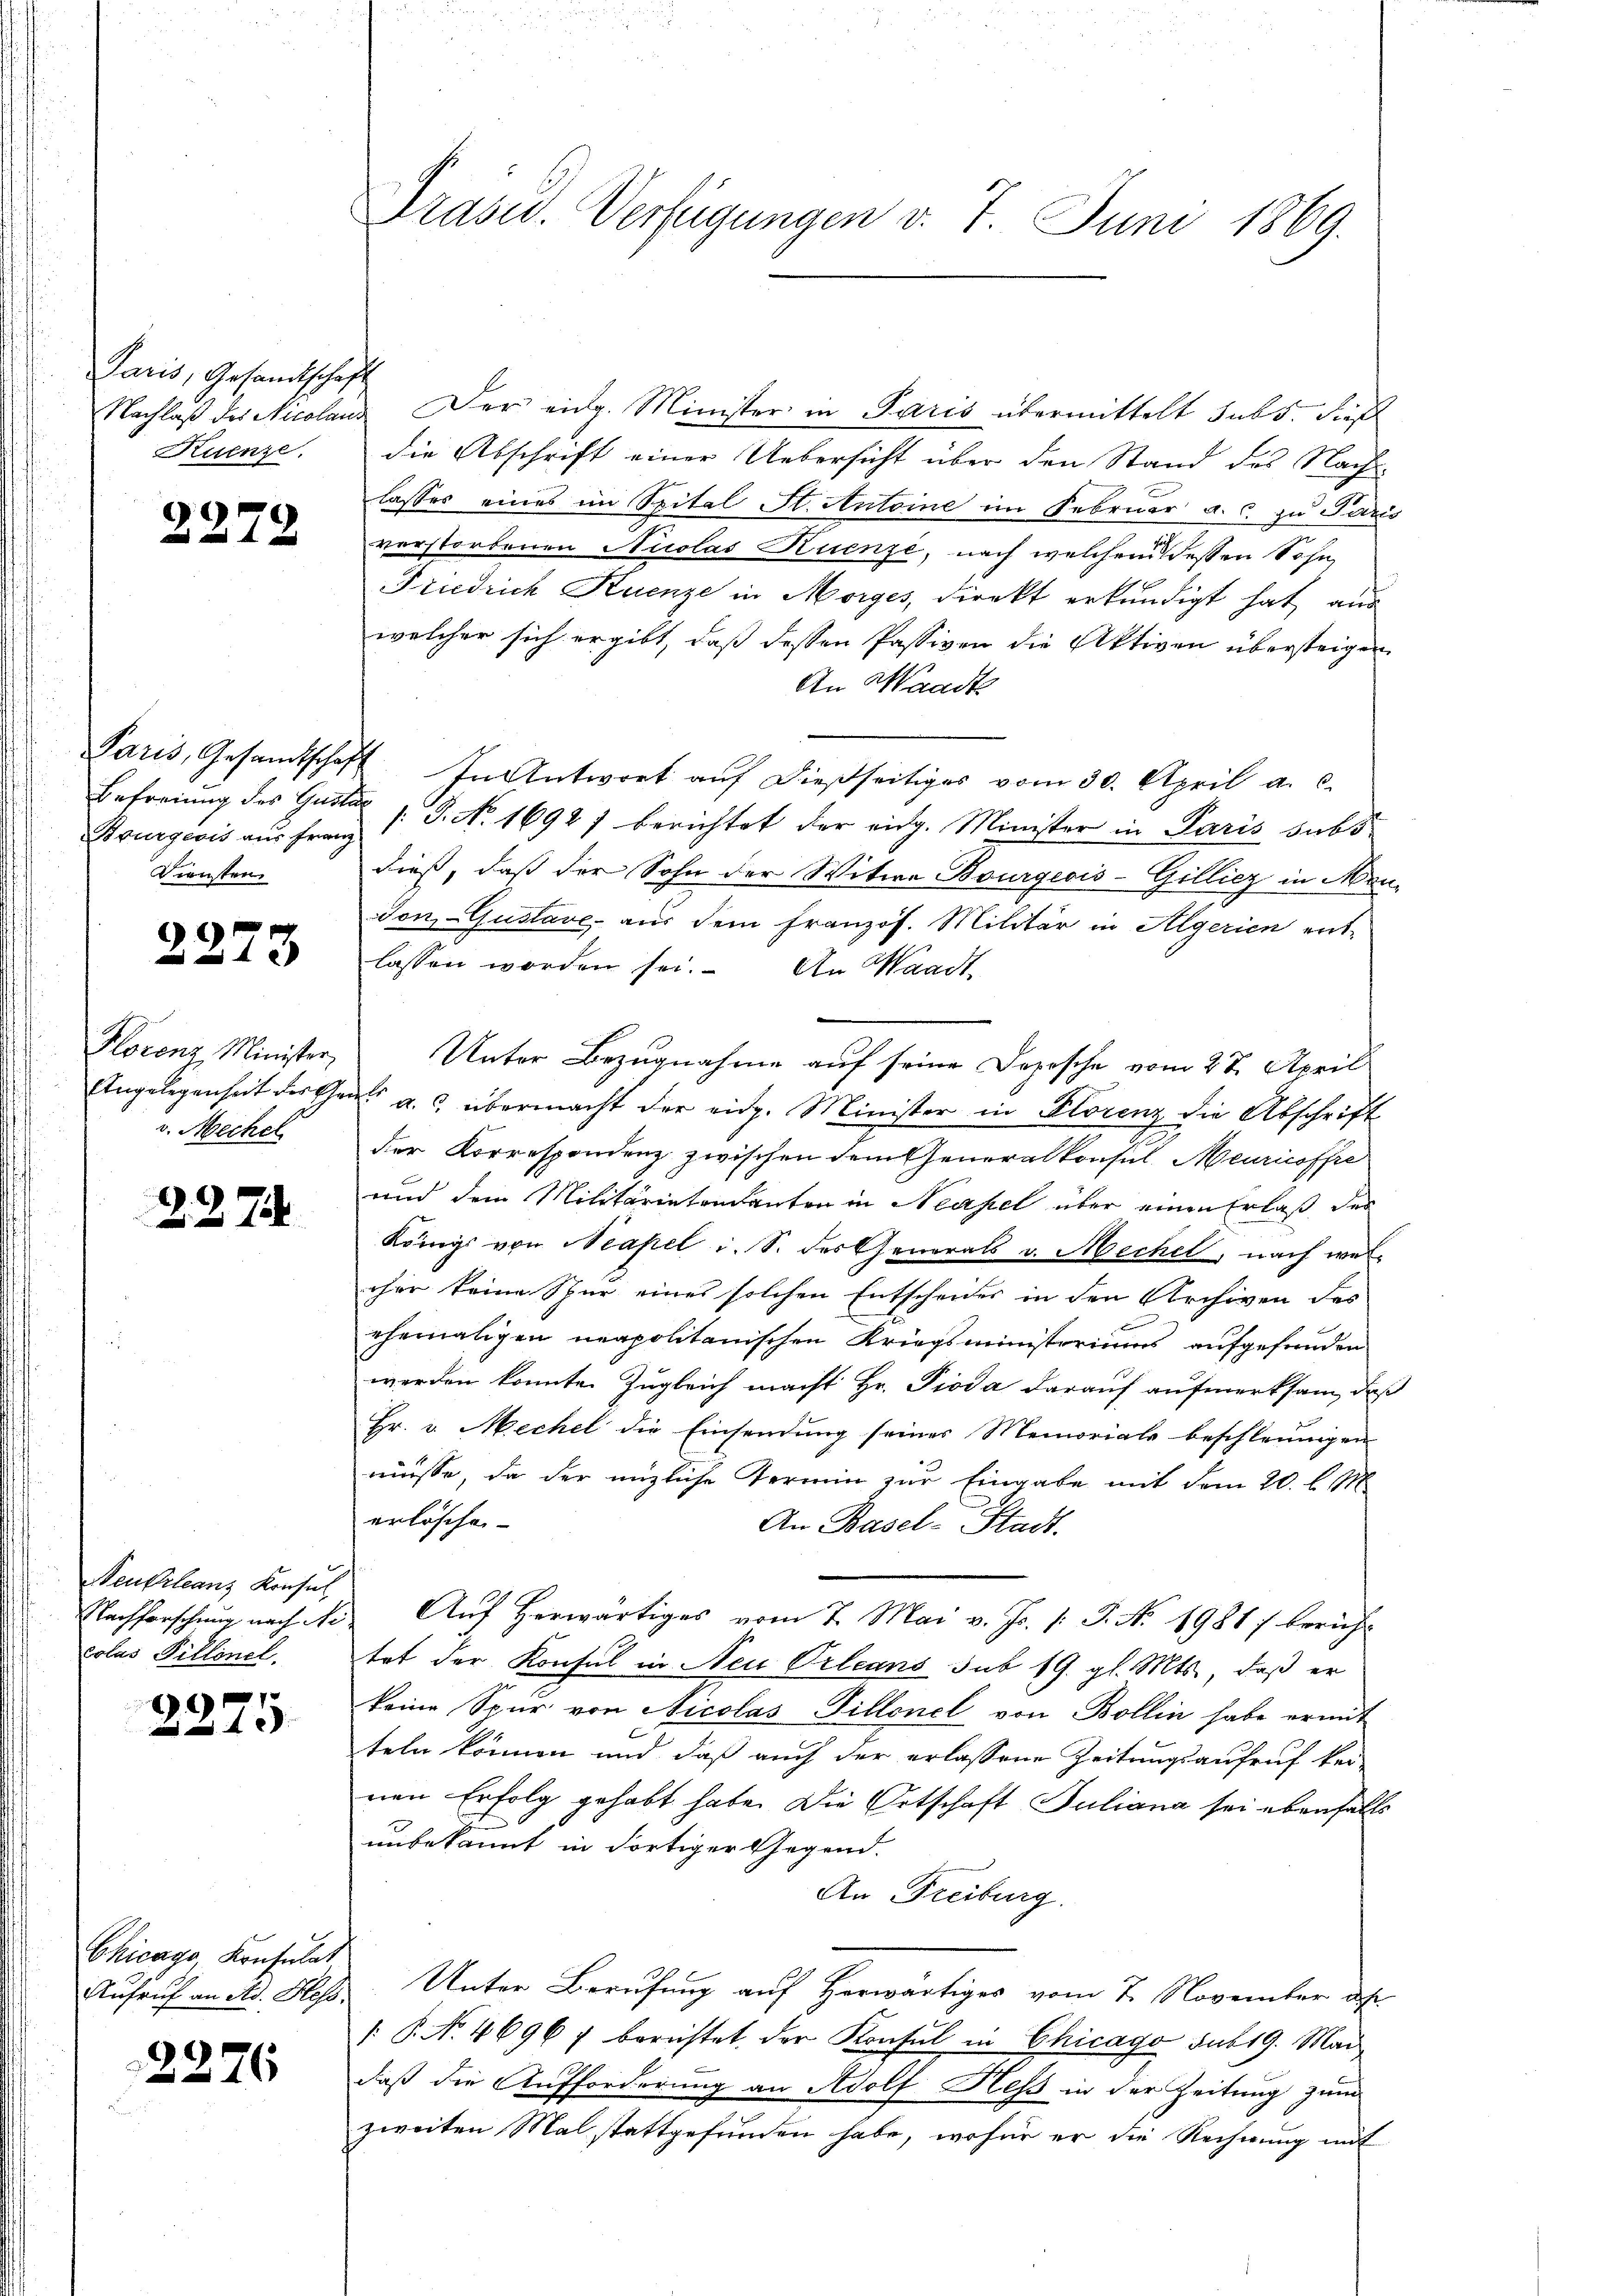
Paris, Gesandtschaft
Kuenze.

2278

Brurgeois aus Franz
Diensten.

2273

Florenz Minister,
Angelegenheit der Gen
v. Mechel

227.

Neukrleanz Konsul
Nachforschung nach Ne
colus Pillonel.

2375.

Chicago, Konsulat
Aufruf an Ad. Hess

2276

Präsid. Verfügungen v. 7. Juni 1869.

Nachlaß des Nicolaus der eidg. Minister in Paris übermittelt subs, dieß
die Abschrift einer Uebersicht über den Stand des Nachlasses eines im Spital St. Antoine im Februar a. c. zu Paris
verstorbenen Nuolas Ruenze, nach welchen deßen Sohn
Friedrich Huenze in Morges, direkt erkundigt hat aus
welcher sich ergibt, daß dessen Passiven die Aktiven übersteigen
An Waadte
Paris, Gesandtschaft. In Antwort auf dießseitiges vom 30. April a. c.
Befreiung des Guster s. S. No 1692) berichtet der eidg. Minister in Paris subs
dieß, daß der Sohn der Witwe Bourgeois-Gillicz in Men-
Ton, Gustave, aus dem Französ. Militär in Algerien ent-
lassen worden sei. An Waadt,
Unter Bezugnahme auf seine Depesche vom 28. April
d a. übermacht der eidg. Minister in Plorenz die Abschrift
der Korrespondenz zwischen dem Generalkonsul Meuricospe
und dem Militärintendanten in Neapel über einen Erlaß der
Königs von Neapel i. S. des Generals v. Mechel, nach welrher keine Spur eines solchen Entscheides in den Archiven des
ehemaligen neapolitanischen Kriegsministeriums aufgefunden
werden konnte. Zugleich macht Hr. Pioda darauf aufmerksam, daß
Hr. v. Mechel die Einsendung seines Memorials beschleunigen
müsse, da der anzliche Termin zur Eingabe mit dem 20. l. 11
erlöschen
An Basel-Stadt.
Aŭf herwärtiges vom 7. Mai v. Js. /: J. No. 1981) beruhe
tet der Konsul in Neu Orleans sub 19. gl. Mts., daß er
keine Spur von Nicolas Tillonel von Bollin habe ermit
teln können und daß auch der erlassene Zeitungsaufruf kei-
nen Erfolg gehabt habe. Die Ortschaft Juliana sei ebenfalls
unbekannt in Fortiger Gegend.
An Freiburg.
Unter Berufung auf Horwärtiges vom 7. November des
/: P. Nr. 46967 bereistet der Konsul in Chicago sub 19. Mai
daß die Aufforderung an Adolf Hess in der Zeitung zum
zweiten Mal stattgefunden habe, wofür er die Rechnung mit